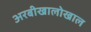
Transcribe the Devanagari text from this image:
अरबीखालोखाल